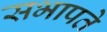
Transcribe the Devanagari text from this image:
सभापते